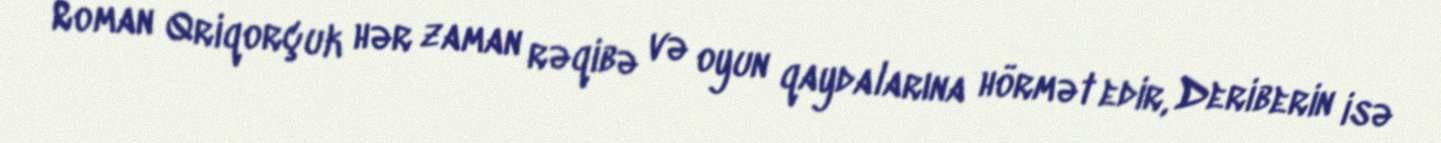
Roman Qriqorçuk hər zaman rəqibə və oyun qaydalarına hörmət edir, Deriberin isə